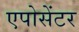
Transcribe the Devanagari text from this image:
एपोसेंटर